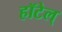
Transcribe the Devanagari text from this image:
हॉटेल्